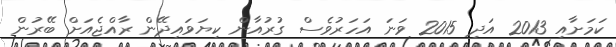
ކަމަށާއި 2013 އަދި 2015 ވަނަ އަހަރުވެސް ގުރުއާން ކިޔަވައިދޭން ރާއްޖެއަށް ބޭރުން